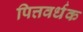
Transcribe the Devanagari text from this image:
पित्तवर्धक